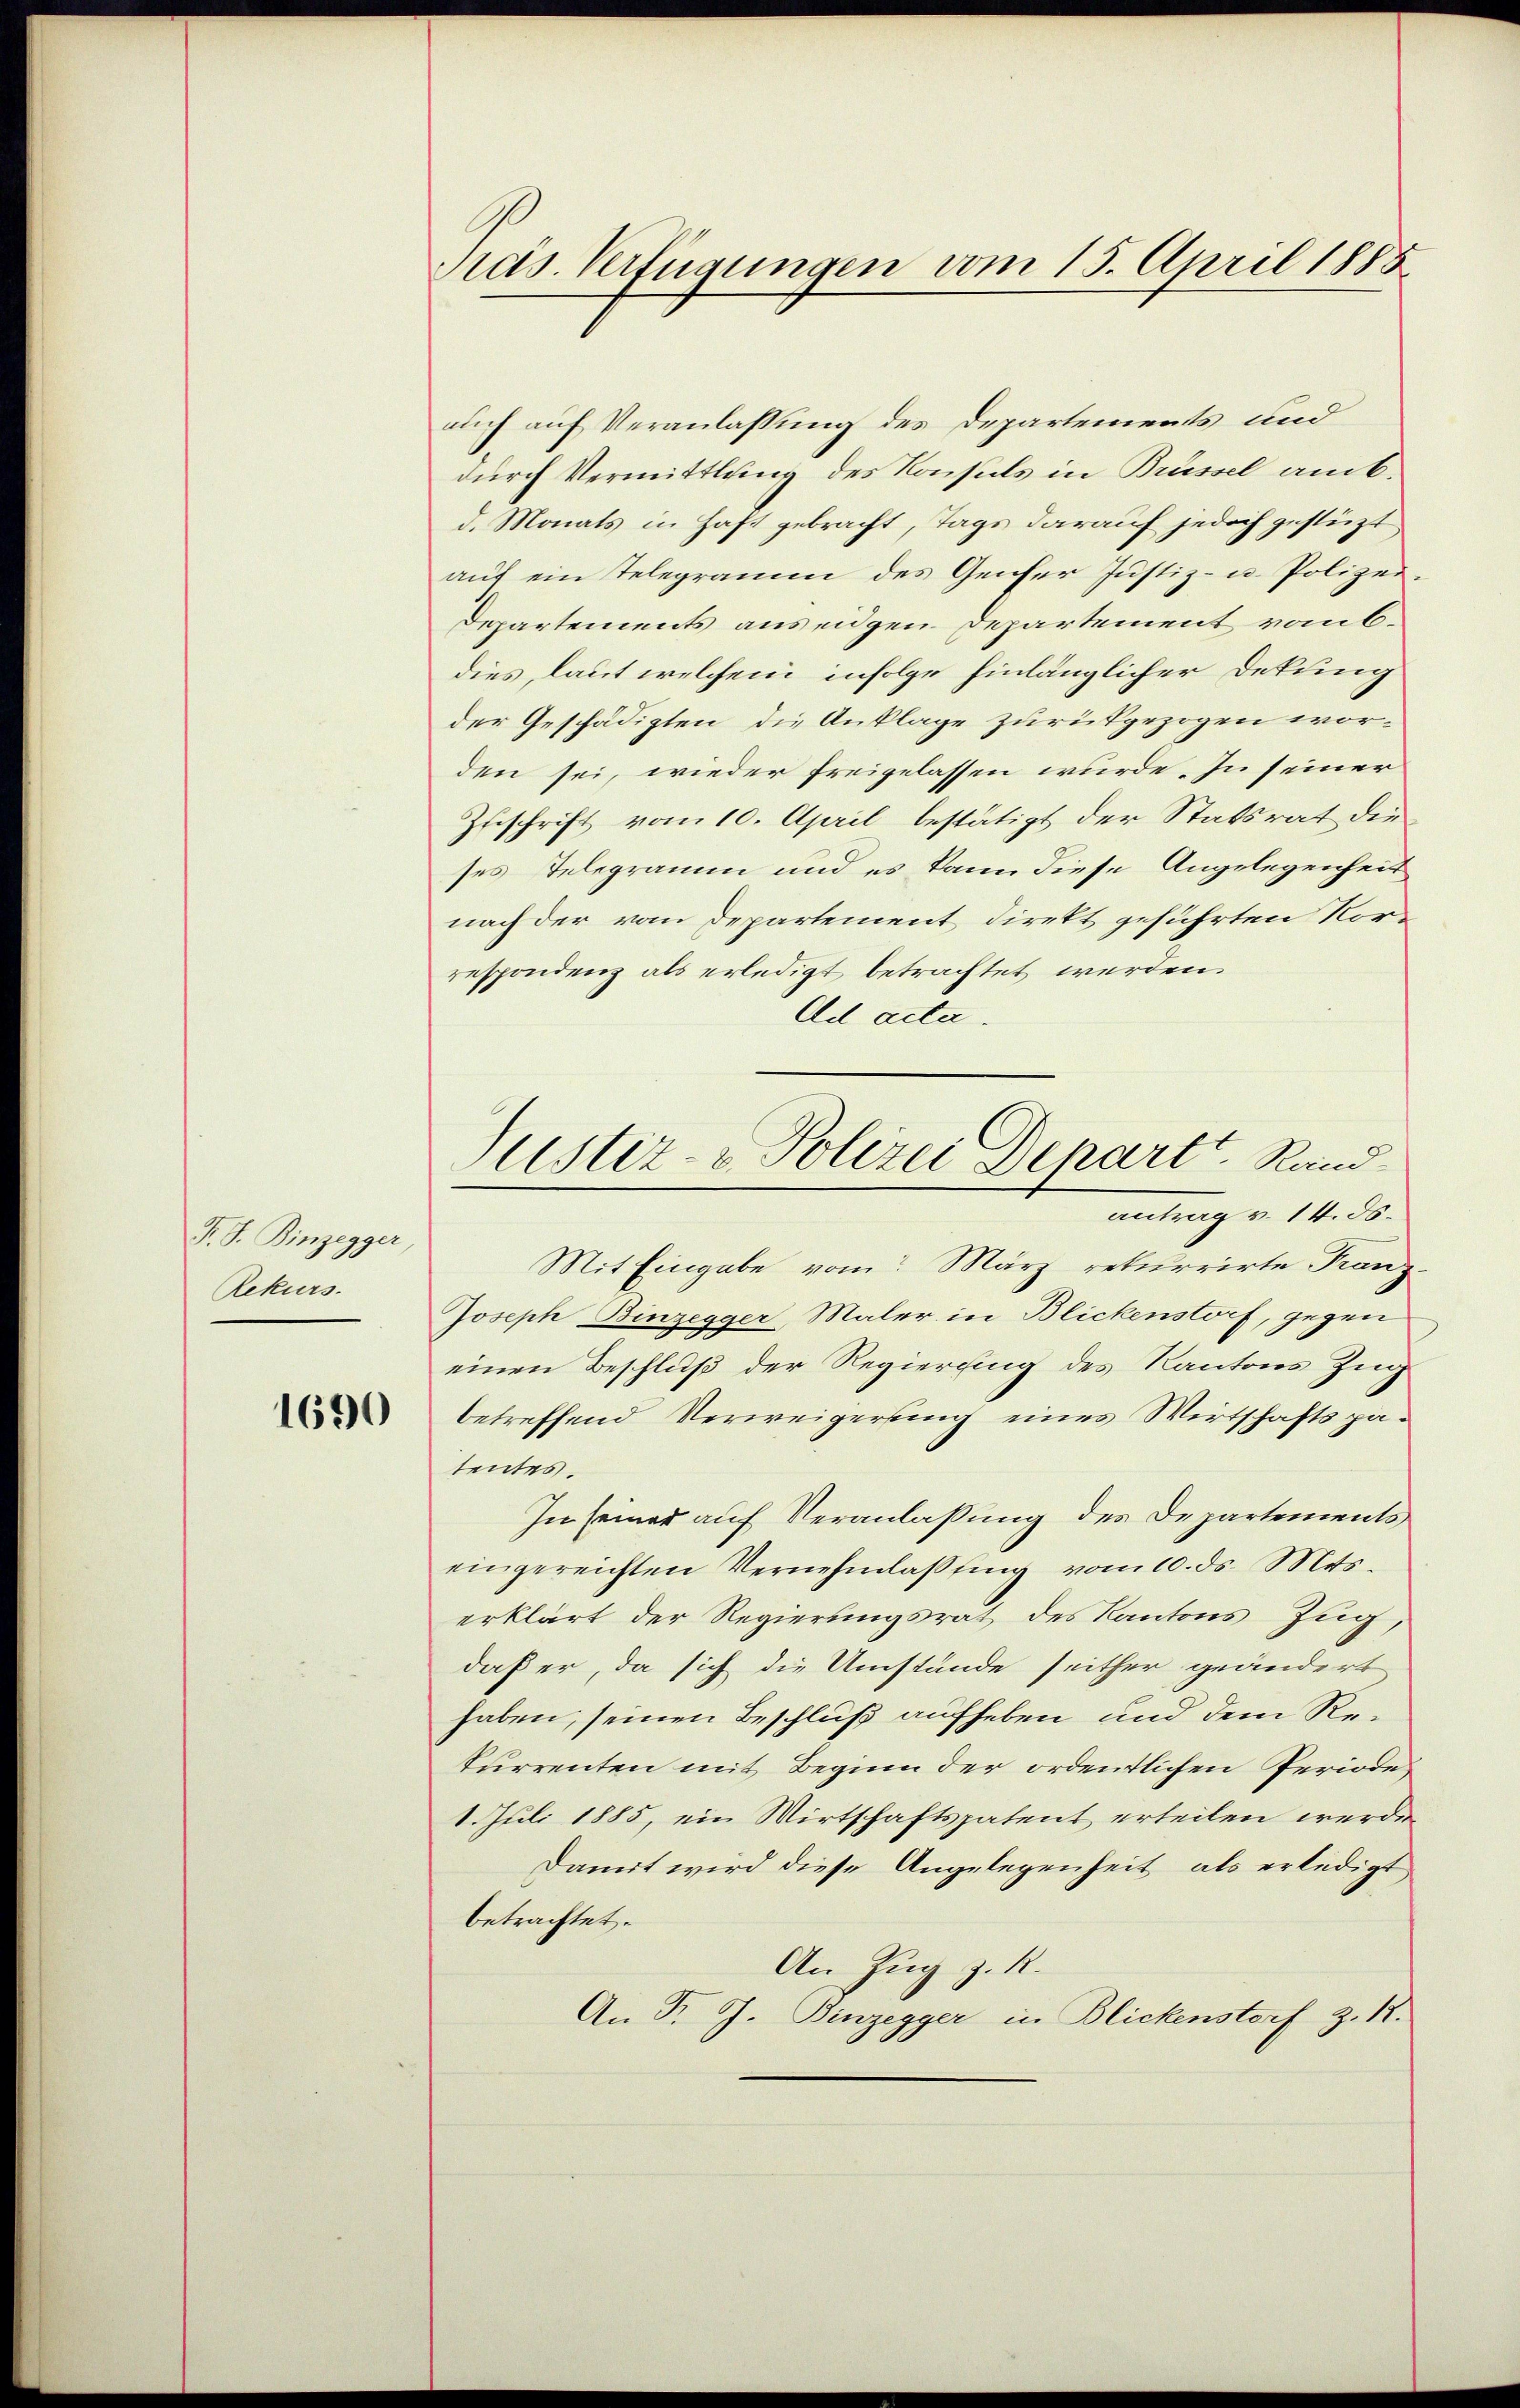
P. F. Binzegger,
Rekurs.

1690

Pras. Verfügungen vom 15. April 1888

auch auf Veranlassung des Departements und
durch Vermittlung des Konsuls in Brüssel amb.
d. Monats in Haft gebracht, Tags darauf jedoch gestüzt
auf ein Telegramm des Genfer Justiz- u. Polizei¬
Departements auseigen Departement vom 6.
dies, laut welchem infolge hinlänglicher Dekung
der Geschädigten die Anklage zurückgezogen worden sei, wieder freigelassen wurde. In seiner
Zuschrift vom 10. April bestätigt der Statsrat die
ses Telegramm und es kann diese Angelegenheit
nach der vom Departement direkt geführten Vorrespondenz als erledigt betrachtet werden.
Ad acta.
Mit Eingabe vom März rekurrirte Franz¬
Joseph Binzegger, Maler in Blickenstorf, gegen
einen Beschluß der Regierung des Kantons Zug
betreffend Verweigerung eines Wirtschaftspatentes.
In seiner auf Veranlassung des Departements
eingereichten Vernehmlassung vom 10. ds. Mts.
erklärt der Regierungsrat des Kantons Zug
daß er, da sich die Umstände seither geändert
haben, seinen Beschluß aufheben und dem Rekurrenten mit Beginn der ordentlichen Periode
1. Juli 1885, ein Wirtschaftspatent erteilen werden
Damit wird diese Angelegenheit als erledigt
betrachtet.
An Zug z. R.
An T. J. Binzegger in Blickenstorf z. R.

Justiz- & Polizei Depart Randantrag v. 14. ds.